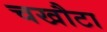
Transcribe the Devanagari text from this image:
चखौटा